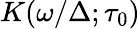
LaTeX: K(\omega/\Delta;\tau_{0})